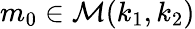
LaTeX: m_{0}\in\mathcal{M}(k_{1},k_{2})